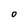
Character: O